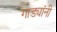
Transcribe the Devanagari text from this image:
गाड्यांनी